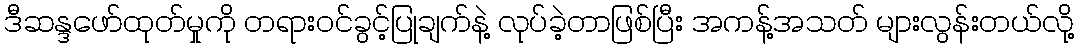
ဒီဆန္ဒဖော်ထုတ်မှုကို တရားဝင်ခွင့်ပြုချက်နဲ့ လုပ်ခဲ့တာဖြစ်ပြီး အကန့်အသတ် များလွန်းတယ်လို့